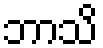
ဘာသိ